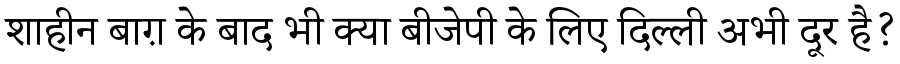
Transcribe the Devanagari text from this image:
शाहीन बाग़ के बाद भी क्या बीजेपी के लिए दिल्ली अभी दूर है?